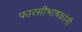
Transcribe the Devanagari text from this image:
फारसीभाषकांनी